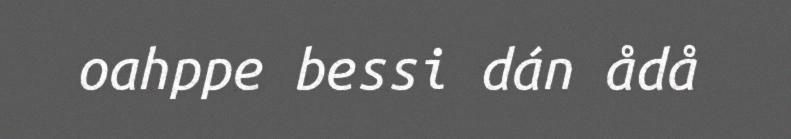
oahppe bessi dán ådå